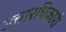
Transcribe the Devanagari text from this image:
उत्तारधिकारी